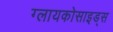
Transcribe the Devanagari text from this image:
ग्लायकोसाइड्‌स